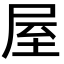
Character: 屋